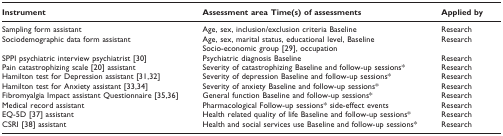
| Instrument | Assessment area Time(s) of assessments | Applied by |
 | --- | --- | --- |
 | Sampling form assistant | Age, sex, inclusion/exclusion criteria Baseline | Research |
 | Sociodemographic data form assistant | Age, sex, marital status, educational level, Baseline | Research |
 |  | Socio-economic group [29], occupation |  |
 | SPPI psychiatric interview psychiatrist [30] | Psychiatric diagnosis Baseline | Research |
 | Pain catastrophizing scale [20] assistant | Severity of catastrophizing Baseline and follow-up sessions* | Research |
 | Hamilton test for Depression assistant [31,32] | Severity of depression Baseline and follow-up sessions* | Research |
 | Hamilton test for Anxiety assistant [33,34] | Severity of anxiety Baseline and follow-up sessions* | Research |
 | Fibromyalgia Impact assistant Questionnaire [35,36] | General function Baseline and follow-up sessions* | Research |
 | Medical record assistant | Pharmacological Follow-up sessions* side-effect events | Research |
 | EQ-5D [37] assistant | Health related quality of life Baseline and follow-up sessions* | Research |
 | CSRI [38] assistant | Health and social services use Baseline and follow-up sessions* | Research |